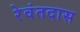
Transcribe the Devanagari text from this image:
रेवंतदास